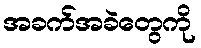
အခက်အခဲတွေကို